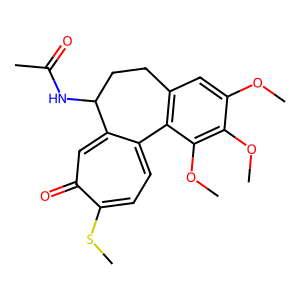
SMILES: COc1cc2c(c(OC)c1OC)-c1ccc(SC)c(=O)cc1C(NC(C)=O)CC2
Inhibits HIV replication: No